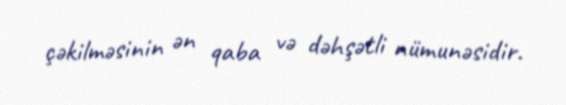
çəkilməsinin ən qaba və dəhşətli nümunəsidir.